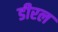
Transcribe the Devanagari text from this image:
डीरल